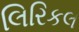
લિરિકલ